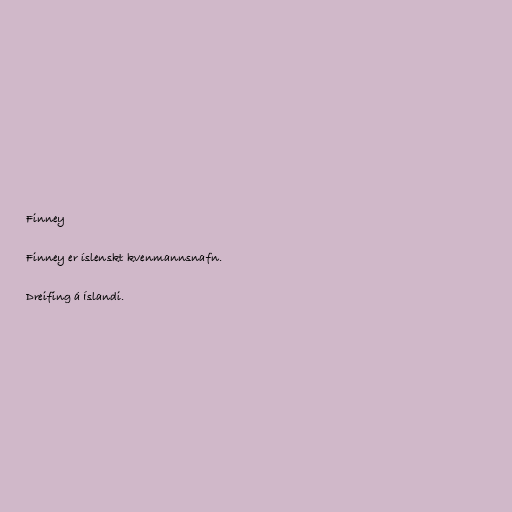
Finney

Finney er íslenskt kvenmannsnafn.

Dreifing á Íslandi.